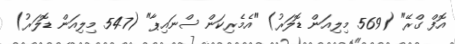
އޮފް ގްރޭ" (569 މިލިއަން ޑޮލަރު) "އެމެރިކަން ސްނައިޕާ" (547 މިލިއަން ޑޮލަރު)